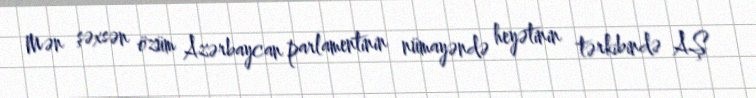
Mən şəxsən özüm Azərbaycan parlamentinin nümayəndə heyətinin tərkibində AŞ